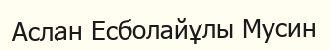
Аслан Есболайұлы Мусин